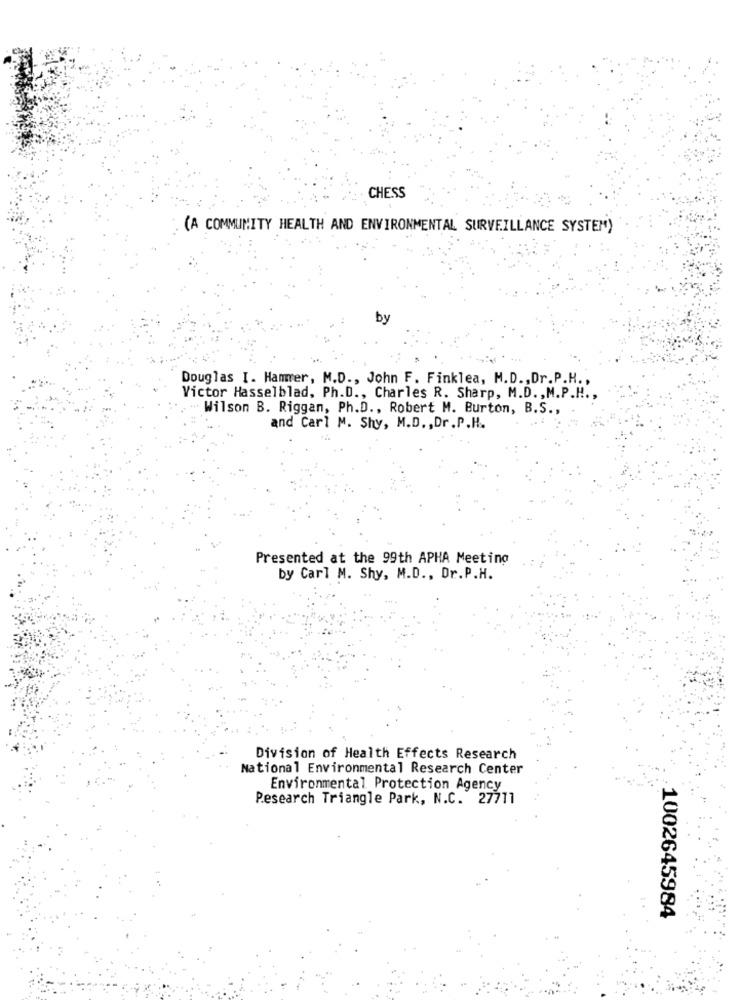
CHESS
(A COMMUNITY HEALTH AND ENVIRONMENTAL SURVEILLANCE SYSTEM)
by
Douglas I. Hammer, M.D ., John F. Finklea, M.D. , Dr.P.H .,
Victor Hasselblad, Ph.D ., Charles R. Sharp, M.D ., M.P.H .,
Wilson B. Riggan, Ph.D ., Robert M. Burton, B.S .,
and Carl M. Shy, M.D. , Dr.P.H.
Presented at the 99th APHA Meeting
by Carl M. Shy, M.D ., Dr.P.H.
Division of Health Effects Research
National Environmental Research Center
Environmental Protection Agency
Research Triangle Park, N.C. 27711
1002645984